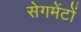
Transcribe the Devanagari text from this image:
सेगमेंटों